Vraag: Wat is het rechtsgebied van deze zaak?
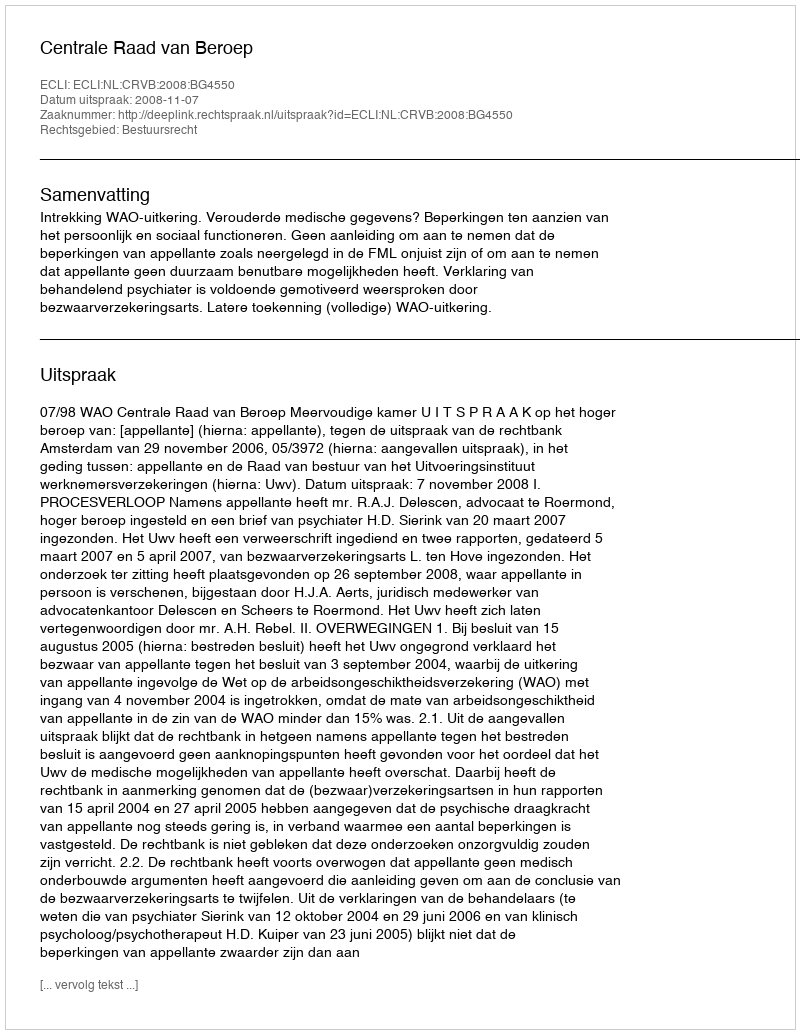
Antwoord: Bestuursrecht